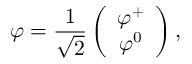
\varphi = { \frac { 1 } { \sqrt { 2 } } } \left( { \begin{array} { c } { \varphi ^ { + } } \\ { \varphi ^ { 0 } } \end{array} } \right) ,